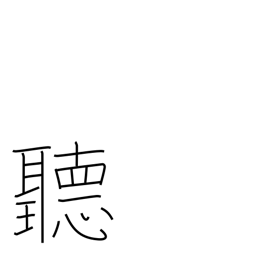
Meaning: careful enquiry